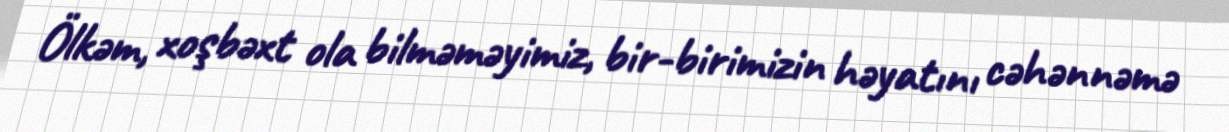
Ölkəm, xoşbəxt ola bilməməyimiz, bir-birimizin həyatını cəhənnəmə